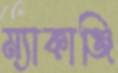
ম্যাকাঞ্জি